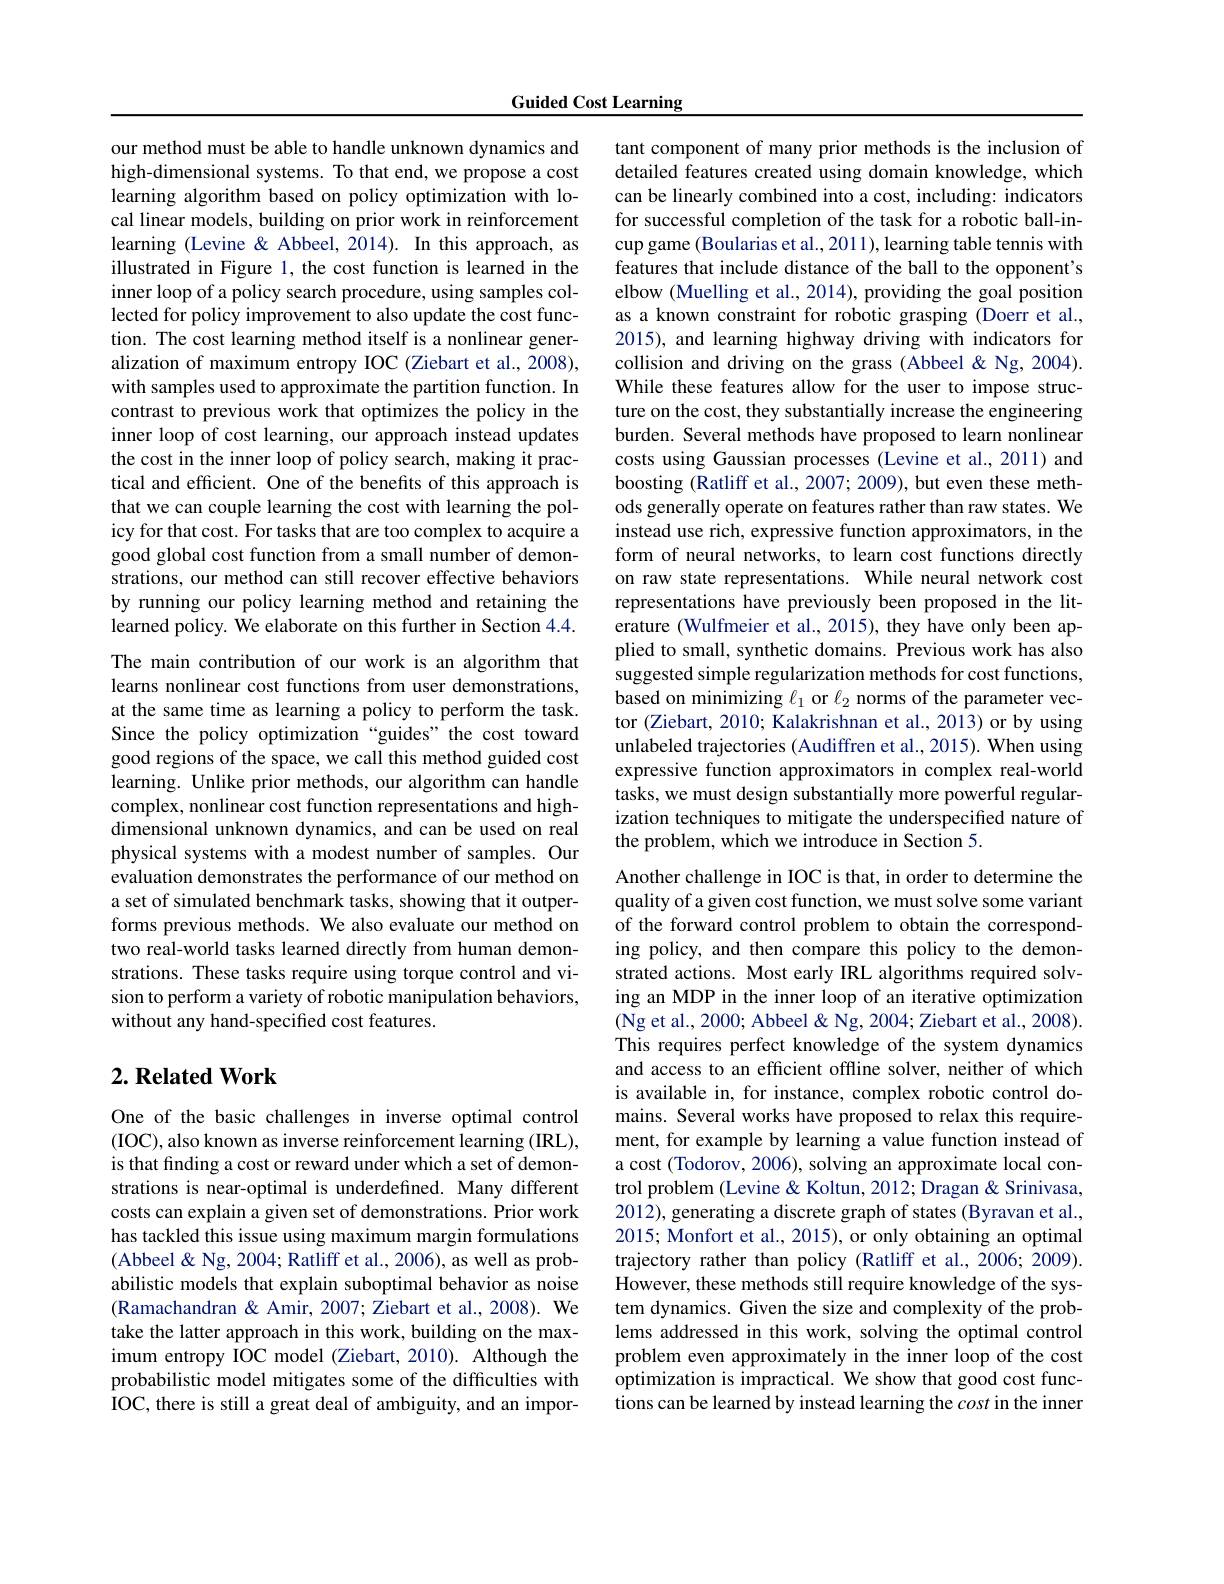
Guided Cost Learning

our method must be able to handle unknown dynamics and high-dimensional systems. To that end, we propose a cost learning algorithm based on policy optimization with local linear models, building on prior work in reinforcement learning (Levine& Abbeel, 2014). In this approach, as illustrated in Figure 1, the cost function is learned in the inner loop of a policy search procedure, using samples collected for policy improvement to also update the cost function. The cost learning method itself is a nonlinear generalization of maximum entropy IOC (Ziebart et al., 2008), with samples used to approximate the partition function. In contrast to previous work that optimizes the policy in the inner loop of cost learning, our approach instead updates the cost in the inner loop of policy search, making it practical and efficient. One of the benefits of this approach is that we can couple learning the cost with learning the policy for that cost. For tasks that are too complex to acquire a good global cost function from a small number of demonstrations, our method can still recover effective behaviors by running our policy learning method and retaining the learned policy. We elaborate on this further in Section 4.4. The main contribution of our work is an algorithm that learns nonlinear cost functions from user demonstrations, at the same time as learning a policy to perform the task. Since the policy optimization “guides”the cost toward good regions of the space, we call this method guided cost learning. Unlike prior methods, our algorithm can handle complex, nonlinear cost function representations and highdimensional unknown dynamics, and can be used on real physical systems with a modest number of samples. Our evaluation demonstrates the performance of our method on a set of simulated benchmark tasks, showing that it outperforms previous methods. We also evaluate our method on two real-world tasks learned directly from human demonstrations. These tasks require using torque control and vision to perform a variety of robotic manipulation behaviors, without any hand-specified cost features.

## $2. \textbf{Related Work}$

One of the basic challenges in inverse optimal control (IOC), also known as inverse reinforcement learning (IRL), is that finding a cost or reward under which a set of demonstrations is near-optimal is underdefined. Many different costs can explain a given set of demonstrations. Prior work has tackled this issue using maximum margin formulations (Abbeel& Ng, 2004; Ratliff et al., 2006), as well as probabilistic models that explain suboptimal behavior as noise (Ramachandran & Amir, 2007; Ziebart et al., 2008). We take the latter approach in this work, building on the maximum entropy IOC model (Ziebart, 2010). Although the probabilistic model mitigates some of the difficulties with IOC, there is still a great deal of ambiguity, and an impor-

tant component of many prior methods is the inclusion of detailed features created using domain knowledge, which can be linearly combined into a cost, including: indicators for successful completion of the task for a robotic ball-incup game (Boularias et al., 2011), learning table tennis with features that include distance of the ball to the opponent's elbow (Muelling et al., 2014), providing the goal position as a known constraint for robotic grasping (Doerr et al., 2015), and learning highway driving with indicators for collision and driving on the grass (Abbeel &Ng, 2004). While these features allow for the user to impose structure on the cost, they substantially increase the engineering burden. Several methods have proposed to learn nonlinear costs using Gaussian processes (Levine et al., 2011) and boosting (Ratliff et al., 2007; 2009), but even these methods generally operate on features rather than raw states. We instead use rich, expressive function approximators, in the form of neural networks, to learn cost functions directly on raw state representations. While neural network cost representations have previously been proposed in the literature (Wulfmeier et al., 2015), they have only been applied to small, synthetic domains. Previous work has also suggested simple regularization methods for cost functions, based on minimizing $\ell_1$ or $\ell_2$ norms of the parameter vector (Ziebart, 2010; Kalakrishnan et al., 2013) or by using unlabeled trajectories (Audiffren et al.,2015). When using expressive function approximators in complex real-world tasks, we must design substantially more powerful regularization techniques to mitigate the underspecified nature of the problem, which we introduce in Section 5.
Another challenge in IOC is that, in order to determine the quality of a given cost function, we must solve some variant of the forward control problem to obtain the corresponding policy, and then compare this policy to the demonstrated actions. Most early IRL algorithms required solving an MDP in the inner loop of an iterative optimization (Ng et al., 2000; Abbeel & Ng, 2004; Ziebart et al., 2008). This requires perfect knowledge of the system dynamics and access to an efficient offline solver, neither of which is available in, for instance, complex robotic control domains. Several works have proposed to relax this requirement, for example by learning a value function instead of a cost (Todorov, 2006), solving an approximate local control problem (Levine & Koltun, 2012; Dragan & Srinivasa, 2012), generating a discrete graph of states (Byravan et al., 2015; Monfort et al., 2015), or only obtaining an optimal trajectory rather than policy (Ratliff et al.,2006; 2009). However, these methods still require knowledge of the system dynamics. Given the size and complexity of the problems addressed in this work, solving the optimal control problem even approximately in the inner loop of the cost optimization is impractical. We show that good cost functions can be learned by instead learning the cost in the inner